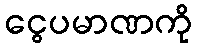
ငွေပမာဏကို